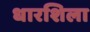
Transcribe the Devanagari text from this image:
धारशिला